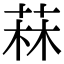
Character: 菻